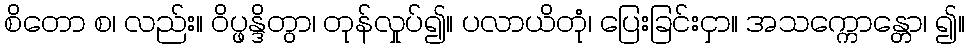
စိတော စ၊ လည်း။ ဝိပ္ဖန္ဒိတွာ၊ တုန်လှုပ်၍။ ပလာယိတုံ၊ ပြေးခြင်းငှာ။ အသက္ကောန္တော၊ ၍။